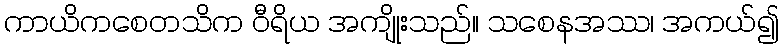
ကာယိကစေတသိက ဝီရိယ အကျိုးသည်။ သစေနအဿ၊ အကယ်၍